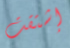
إشتقت